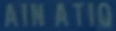
AINATIQ